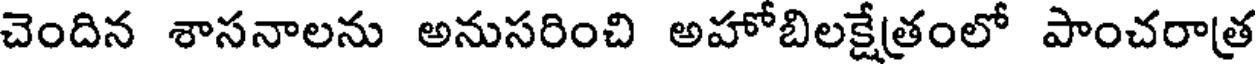
చెందిన శాసనాలను అనుసరించి అహోబిలక్షేత్రంలో పాంచరాత్ర